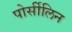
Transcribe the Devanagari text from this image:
पोर्सीलिन